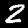
Digit: 2